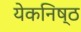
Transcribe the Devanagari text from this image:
येकनिष्ठ